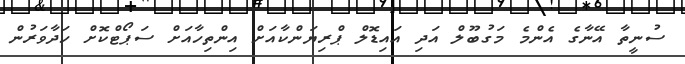
ސުނީތާ އޭނާގެ އެންމެ މަގުބޫލް އަދި އައިޑޮލް ޕްރިޔަންކާއަށް އިންތިހާއަށް ސަޕޯޓްކޮށް ހަދާވަރުން